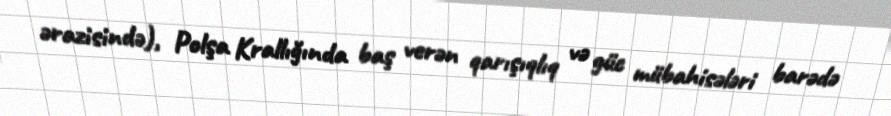
ərazisində), Polşa Krallığında baş verən qarışıqlıq və güc mübahisələri barədə